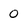
Character: O